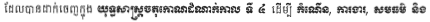
ដែលបានដាក់ចេញក្នុង យុទ្ធសាស្រ្តចតុកោណដំណាក់កាល ទី ៤ ដើម្បី កំណើន, ការងារ, សមធម៌ និង